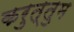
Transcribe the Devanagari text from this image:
करुत्तुम